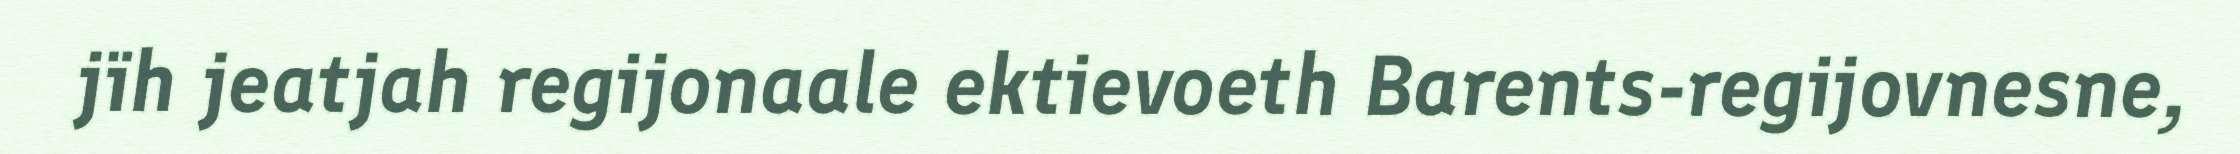
jïh jeatjah regijonaale ektievoeth Barents-regijovnesne,